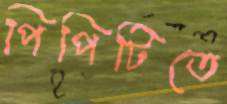
পিপিটিতে